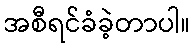
အစီရင်ခံခဲ့တာပါ။